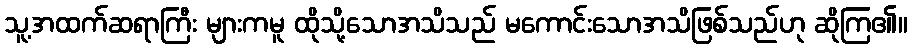
သူ့အထက်ဆရာကြီး များကမူ ထိုသို့သောအသိသည် မကောင်းသောအသိဖြစ်သည်ဟု ဆိုကြ၏။